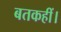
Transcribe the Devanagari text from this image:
बतकहीं।